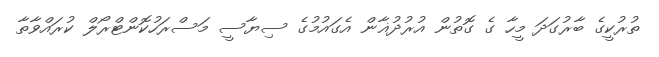
ތުރުކީގެ ބާރުގަދަ މީހާ ގެ ގޮތުން އުރުދުޣާން އެގައުމުގެ ސިޔާސީ މަސްރަހުކޮންޓްރޯލް ކުރައްވާތާ